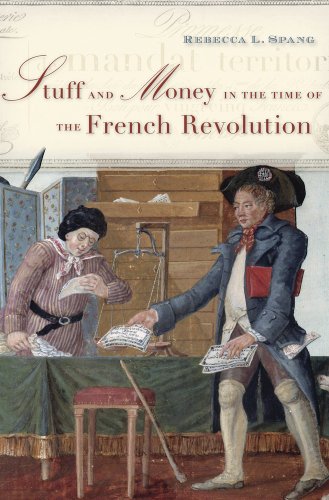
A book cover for Stuff and Money in the Time of the French Revolution; Rebecca L. Spang; Business & Money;